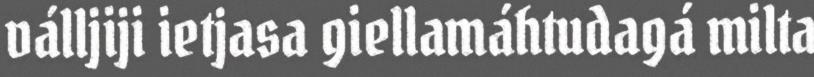
válljiji ietjasa giellamáhtudagá milta